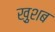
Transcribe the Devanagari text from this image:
ख़ुशब